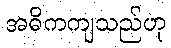
အဓိကကျသည်ဟု